Bréfritari: Jóhannes Guðmundsson
Viðtakandi: Jón Borgfirðings Jónsson
Dagsetning: A-1865-04-14
Skrifað á: Gunnsteinsstöðum  A-Hún.

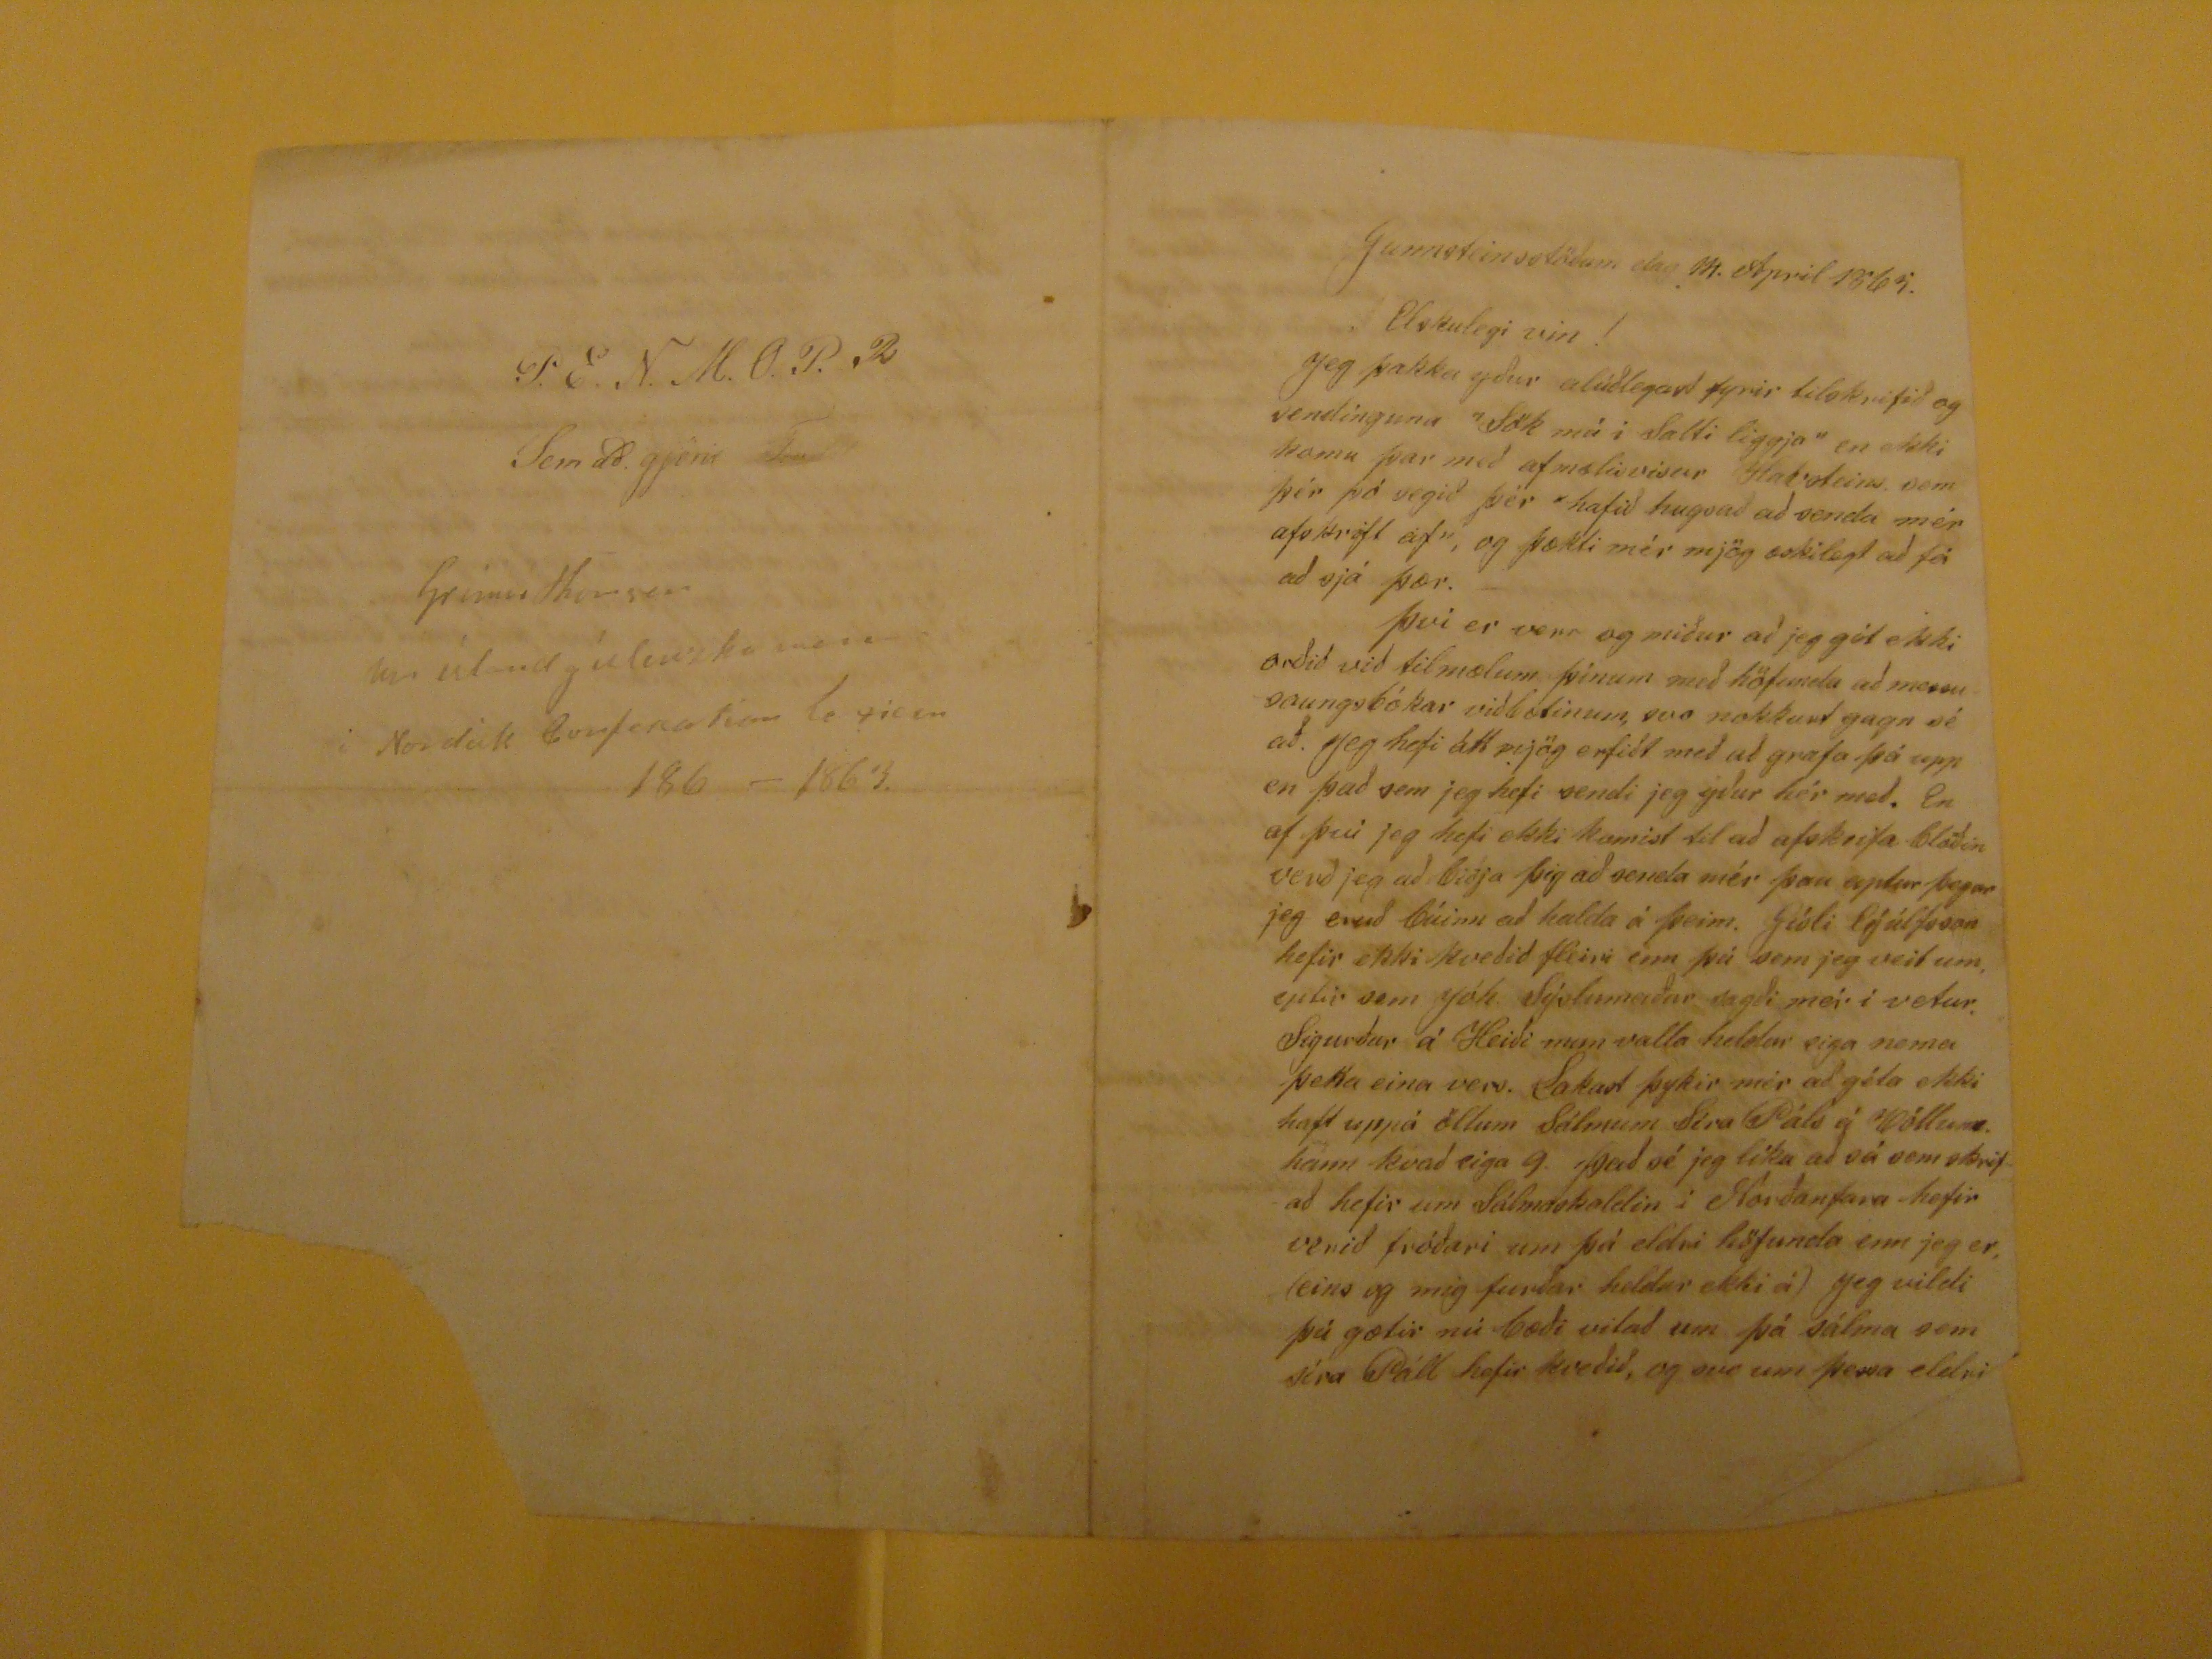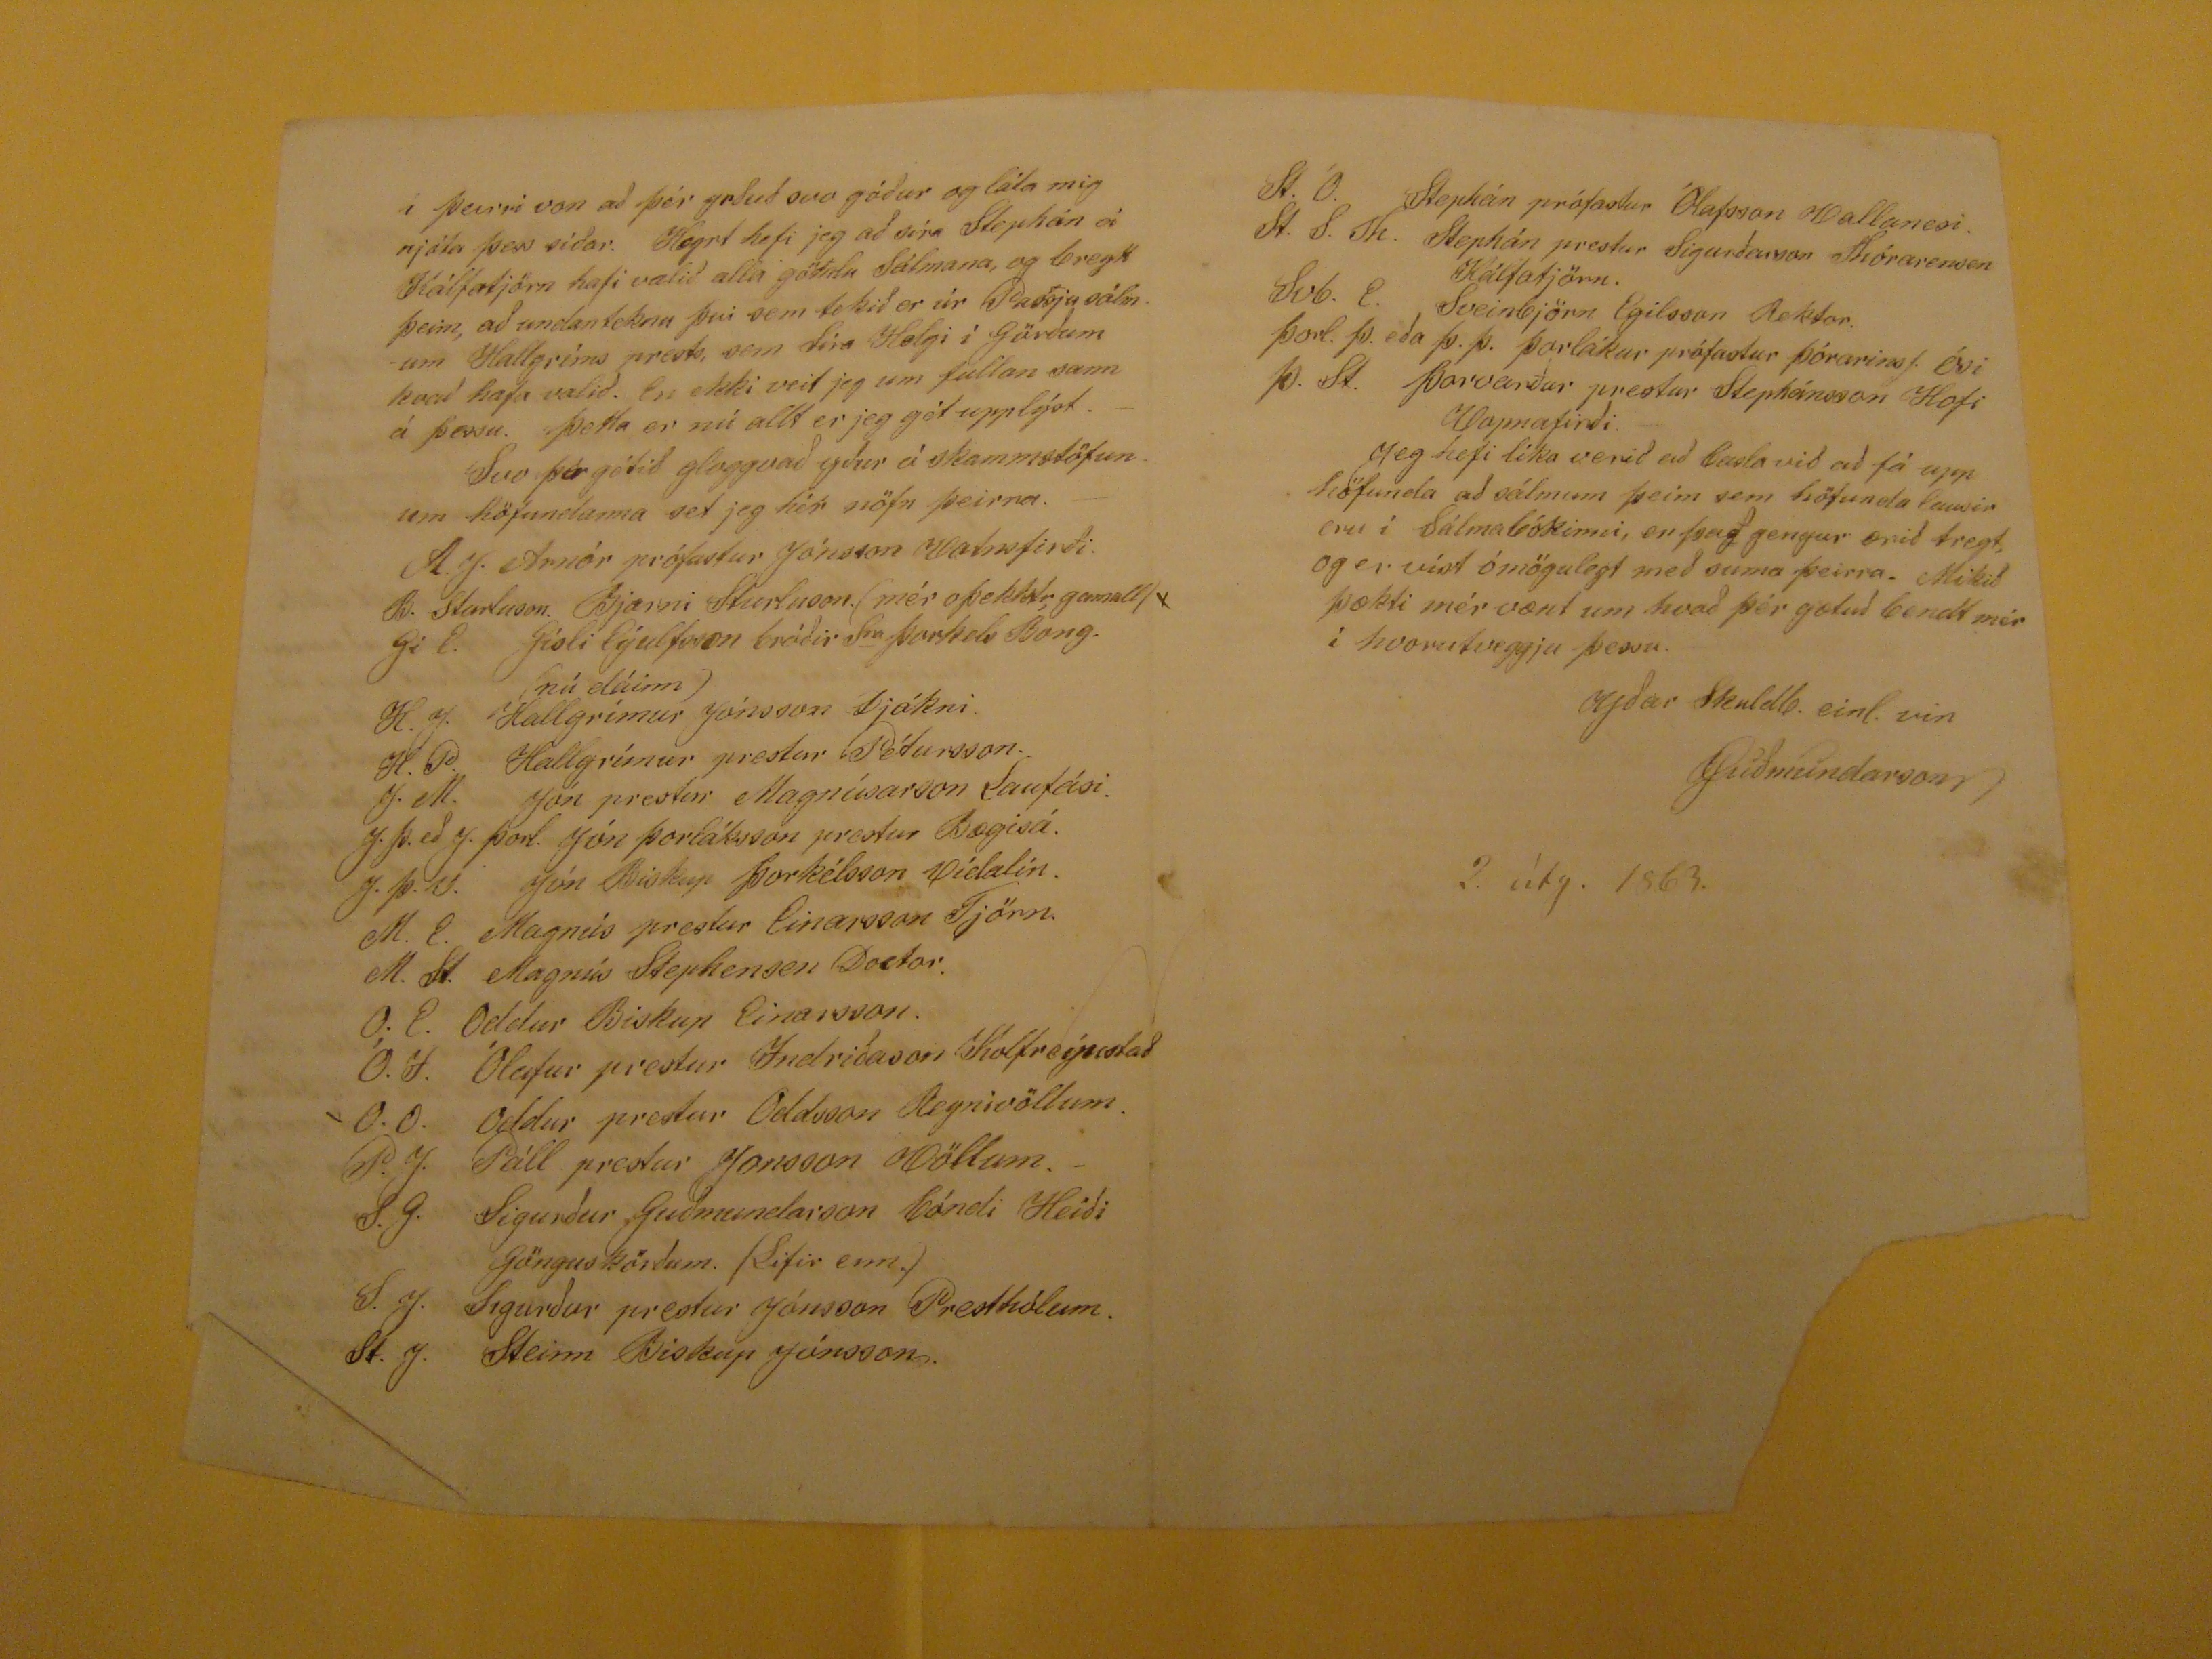

Gunnsteinsstöðum dag 14. Apríl 1865.
Elskulegi vin!
Jeg þakka yður alúðlegast fyrir tilskrifið og sendinguna "S0k má i Aælli liggja" en ekki komu þar með afmælisvisur
Havotins
sem þér þó segið þér "hafið hugsað að sena mér afskrift af", og þækti mér mjög æskilegt að fá að sjá þær.- því er verr og miður að jeg gét ekki orðið við tilmælum þínum með höfunda að messu saungsbókar viðbætinum, svo nokkurt gagn sé að. Jeg hefi átt mjög erfitt með að grafa þá upp en það sem jeg hefi sendi jeg yður hér með. En af því jeg hefi ekki komist til að afskrifa blöðin verð jeg að biðja þig að senda mér þau aptur þegar jeg eruð búinn að halda á þeim. Gísli Eýúlfsson hefir ekki kveðið fleiri enn þá sem jeg veit um, eptir sem Jóh. Sýslumaður sagði mér í vetur. Sigurður á Heiði mun valla heldur eiga nema þetta eina vers. Lakast þykir mér að géta ekki haft uppá öllum Sálmum Síra Páls á Völlum. hann kvað eiga 9. Það sé jeg líka að sá sem skrifað hefir um Sálmaskoldin í Norðanfara hefir verið fróðari um þá eldri höfunda enn jeg er, (eins og mig furðar heldur ekki á) Jeg vildi þú gætir nú bæði vitað um þá sálma sem Páll hefur kveðið, og svo um þessa eldri
í þeirri von að þér yrðuð svo góður og láta mig njógta þess síðar.
Heyrt
hefi jeg að séra Stephán á Kálfatjörn hafi valið alla
götiða
Sálmana, og breytt þeim, að undanteknu því sem tekið er úr Passjusálmum hallgríms prests, sem Séra helgi í Görðum kvað hafa valið. En ekki veit jeg um fullan sann á þessu. Þetta er nú allt er jeg gét upplýst. Svo þér gétið gloggvað yður á skammstöfunum höfundanna set jeg hér nö-fn þeirra.
A.J. Arnór prófastur jónsson Vatnsfirði. ; B. Sturluson. Bjarni Sturluson. (mér oþekktr, gamall) ; Gi E. Gísli Eýulfsson bróðir S
ra
Þorkels Borg. ; H.J. Hallgrímur Jónsson
(nú dáinn)
djákni ; H.P. Hallgrímur prestur Pétursson. ; J.M. Jón prestur Magnúsarson Laufási. ; J.Þ. eð J. Þorl. Jón Þorláksson prestur Bægisá. J.Þ.V. Jón Biskup Þorkélsson Vídalín. ; M.E. Magnús prestur Einarsson Tjörn. ; M.St. Magnús Stephensen Doctor. ; O.E. Oddur Boskup einarsson. ; Ó.I. Ólafur prestur Indriðason Kolfreýsstað ; O.O. Oddur prestur Oddsson Reynivöllum. ; P.J. Páll prestur Jonsson Völlum. ; S.G. Sigurður Guðmundarson bóndi Heiði Gönguskörðum. (Lifir enn.) ; S.J. Sigurður prestur Jósson Presthólum. ; St.J. Steinn Biskup Jónsson.
St.Ó. Stephán prófastur Ólafsson Vallanesi. ; St. S. Th. Stephán prestur Sigurðarson Thórarensen Kálfatjörn. ; Svb. E. Sveinbjörn Egilsson Rektor. ; Þorl. Þ. eða Þ.Þ. Þorlákur prófastur Þórarinss. Ósi ; Þ.St. Þorvarður prestur Stephánsson Hofi Vopnafirði.
jeg hefi líka verið að balsa við að fá upp höfunda að sálmum þeim sem höfunda lausir eru í Sálmabókinni, en það gengur ærið tregt, og er víst ómögulegt með suma þeirra. Mikið þækti mér vænt um hvað þér gætuð bendt mér í hvorutveggju þessu.
yðar Skuldb. einl. vin
JGuðmundarson
P.E.N.M.O.P.
2
Sem að gjörir